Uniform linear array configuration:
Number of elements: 24
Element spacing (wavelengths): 0.75
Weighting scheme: binomial
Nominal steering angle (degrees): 60
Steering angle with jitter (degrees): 60.158
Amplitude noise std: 0.05
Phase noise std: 0.05

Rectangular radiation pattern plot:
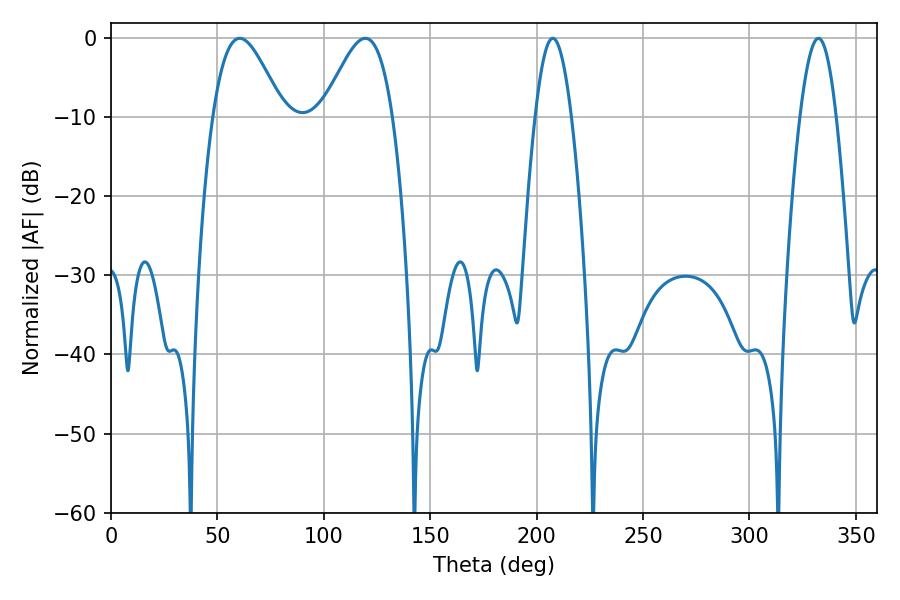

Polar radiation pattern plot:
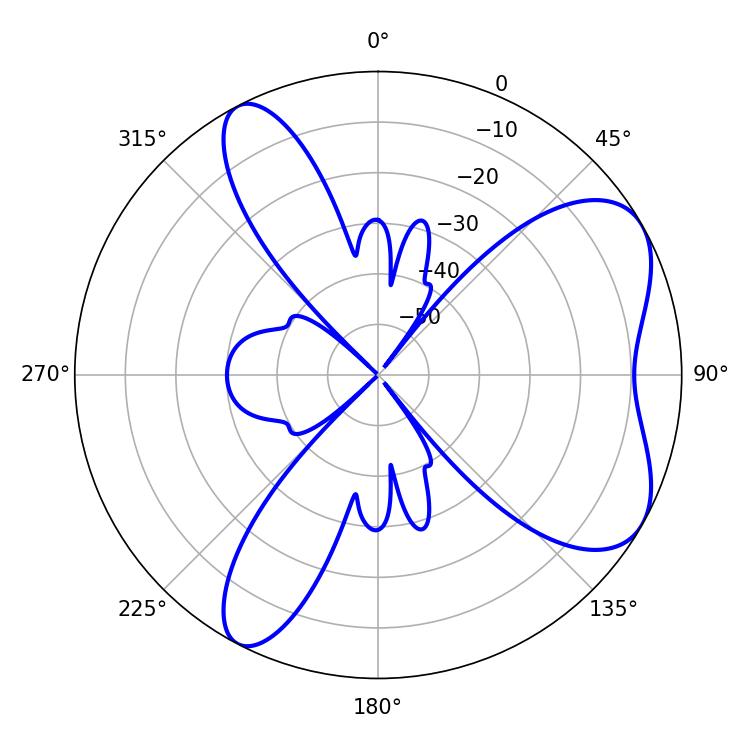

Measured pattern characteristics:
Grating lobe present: TRUE
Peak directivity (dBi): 6.374
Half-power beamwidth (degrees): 17.46
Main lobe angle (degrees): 60.48